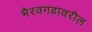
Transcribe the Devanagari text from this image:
भैरवगडावरील